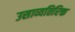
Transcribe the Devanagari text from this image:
उसाव्यतिरिक्त